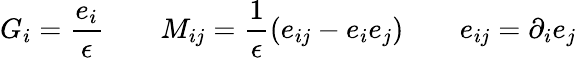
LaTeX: G_{i}=\frac{e_{i}}\epsilon\qquad M_{ij}=\frac 1\epsilon(e_{ij}-e_{i}e_{j})\qquad e_{ij}=\partial_{i}e_{j}